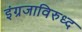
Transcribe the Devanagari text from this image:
इंग्रजाविरुध्द